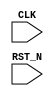
//
// Generated by Bluespec Compiler, version 2024.01-13-ga8fe68a6 (build a8fe68a6)
//
// On Tue Jun 11 10:58:50 IST 2024
//
//
// Ports:
// Name                         I/O  size props
// CLK                            I     1 clock
// RST_N                          I     1 reset
//
// No combinational paths from inputs to outputs
//
//

`ifdef BSV_ASSIGNMENT_DELAY
`else
  `define BSV_ASSIGNMENT_DELAY
`endif

`ifdef BSV_POSITIVE_RESET
  `define BSV_RESET_VALUE 1'b1
  `define BSV_RESET_EDGE posedge
`else
  `define BSV_RESET_VALUE 1'b0
  `define BSV_RESET_EDGE negedge
`endif

module mkTestbench(CLK,
		   RST_N);
  input  CLK;
  input  RST_N;

  // register a
  reg [31 : 0] a;
  wire [31 : 0] a_D_IN;
  wire a_EN;

  // register adder_1_available
  reg adder_1_available;
  wire adder_1_available_D_IN, adder_1_available_EN;

  // register adder_1_cin
  reg adder_1_cin;
  wire adder_1_cin_D_IN, adder_1_cin_EN;

  // register adder_1_in1
  reg [31 : 0] adder_1_in1;
  wire [31 : 0] adder_1_in1_D_IN;
  wire adder_1_in1_EN;

  // register adder_1_in2
  reg [31 : 0] adder_1_in2;
  wire [31 : 0] adder_1_in2_D_IN;
  wire adder_1_in2_EN;

  // register adder_1_result
  reg [32 : 0] adder_1_result;
  wire [32 : 0] adder_1_result_D_IN;
  wire adder_1_result_EN;

  // register b
  reg [31 : 0] b;
  wire [31 : 0] b_D_IN;
  wire b_EN;

  // register cin
  reg cin;
  wire cin_D_IN, cin_EN;

  // register count
  reg [7 : 0] count;
  wire [7 : 0] count_D_IN;
  wire count_EN;

  // register cout
  reg cout;
  wire cout_D_IN, cout_EN;

  // register overflow_flag
  reg overflow_flag;
  wire overflow_flag_D_IN, overflow_flag_EN;

  // register rng_a_r
  reg [31 : 0] rng_a_r;
  wire [31 : 0] rng_a_r_D_IN;
  wire rng_a_r_EN;

  // register rng_b_r
  reg [31 : 0] rng_b_r;
  wire [31 : 0] rng_b_r_D_IN;
  wire rng_b_r_EN;

  // register rng_cin_r
  reg [7 : 0] rng_cin_r;
  wire [7 : 0] rng_cin_r_D_IN;
  wire rng_cin_r_EN;

  // register state
  reg [1 : 0] state;
  reg [1 : 0] state_D_IN;
  wire state_EN;

  // register sum
  reg [31 : 0] sum;
  wire [31 : 0] sum_D_IN;
  wire sum_EN;

  // rule scheduling signals
  wire CAN_FIRE_RL_adder_1_call_compute,
       CAN_FIRE_RL_display_results,
       CAN_FIRE_RL_generate_random_inputs,
       CAN_FIRE_RL_get_results,
       CAN_FIRE_RL_initialize,
       WILL_FIRE_RL_adder_1_call_compute,
       WILL_FIRE_RL_display_results,
       WILL_FIRE_RL_generate_random_inputs,
       WILL_FIRE_RL_get_results,
       WILL_FIRE_RL_initialize;

  // inputs to muxes for submodule ports
  wire [31 : 0] MUX_rng_a_r_write_1__VAL_1, MUX_rng_b_r_write_1__VAL_1;
  wire [7 : 0] MUX_rng_cin_r_write_1__VAL_1;
  wire MUX_state_write_1__SEL_1;

  // remaining internal signals
  wire [32 : 0] calculated_sum__h8602,
		expected_sum__h8601,
		x__h8619,
		x__h8621,
		x__h8833,
		x__h8835,
		y__h8620,
		y__h8622,
		y__h8836;
  wire [31 : 0] IF_temp1238_XOR_adder_1_cin_THEN_1_ELSE_0__q1,
		_theResult___snd__h466,
		x__h8779,
		y__h8780;
  wire [29 : 0] adder_1_in1_BIT_29_1_XOR_adder_1_in2_BIT_29_2__ETC___d246;
  wire [27 : 0] adder_1_in1_BIT_27_7_XOR_adder_1_in2_BIT_27_8__ETC___d245;
  wire [25 : 0] adder_1_in1_BIT_25_3_XOR_adder_1_in2_BIT_25_4__ETC___d244;
  wire [23 : 0] adder_1_in1_BIT_23_9_XOR_adder_1_in2_BIT_23_0__ETC___d243;
  wire [21 : 0] adder_1_in1_BIT_21_5_XOR_adder_1_in2_BIT_21_6__ETC___d242;
  wire [19 : 0] adder_1_in1_BIT_19_1_XOR_adder_1_in2_BIT_19_2__ETC___d241;
  wire [17 : 0] adder_1_in1_BIT_17_7_XOR_adder_1_in2_BIT_17_8__ETC___d240;
  wire [15 : 0] adder_1_in1_BIT_15_3_XOR_adder_1_in2_BIT_15_4__ETC___d239;
  wire [13 : 0] adder_1_in1_BIT_13_9_XOR_adder_1_in2_BIT_13_0__ETC___d238;
  wire [11 : 0] adder_1_in1_BIT_11_5_XOR_adder_1_in2_BIT_11_6__ETC___d237;
  wire [9 : 0] adder_1_in1_BIT_9_1_XOR_adder_1_in2_BIT_9_2_29_ETC___d236;
  wire [7 : 0] adder_1_in1_BIT_7_7_XOR_adder_1_in2_BIT_7_8_23_ETC___d235;
  wire [5 : 0] adder_1_in1_BIT_5_3_XOR_adder_1_in2_BIT_5_4_17_ETC___d234;
  wire [3 : 0] adder_1_in1_BIT_3_9_XOR_adder_1_in2_BIT_3_0_11_ETC___d233;
  wire [1 : 0] adder_1_in1_BIT_1_5_XOR_adder_1_in2_BIT_1_6_05_ETC___d232;
  wire _0_CONCAT_a_12_13_PLUS_0_CONCAT_b_14_15_16_PLUS_ETC___d323,
       cin__h1371,
       cin__h1504,
       cin__h1637,
       cin__h1770,
       cin__h1903,
       cin__h2036,
       cin__h2169,
       cin__h2302,
       cin__h2435,
       cin__h2568,
       cin__h2701,
       cin__h2834,
       cin__h2967,
       cin__h3100,
       cin__h3233,
       cin__h3366,
       cin__h3499,
       cin__h3632,
       cin__h3765,
       cin__h3898,
       cin__h4031,
       cin__h4164,
       cin__h4297,
       cin__h4430,
       cin__h4563,
       cin__h4696,
       cin__h4829,
       cin__h4962,
       cin__h5095,
       cin__h5228,
       cin__h5361,
       count_98_ULT_30___d311,
       temp1__h1238,
       temp1__h1372,
       temp1__h1505,
       temp1__h1638,
       temp1__h1771,
       temp1__h1904,
       temp1__h2037,
       temp1__h2170,
       temp1__h2303,
       temp1__h2436,
       temp1__h2569,
       temp1__h2702,
       temp1__h2835,
       temp1__h2968,
       temp1__h3101,
       temp1__h3234,
       temp1__h3367,
       temp1__h3500,
       temp1__h3633,
       temp1__h3766,
       temp1__h3899,
       temp1__h4032,
       temp1__h4165,
       temp1__h4298,
       temp1__h4431,
       temp1__h4564,
       temp1__h4697,
       temp1__h4830,
       temp1__h4963,
       temp1__h5096,
       temp1__h5229,
       temp1__h5362,
       x__h1252,
       x__h1386,
       x__h1519,
       x__h1652,
       x__h1785,
       x__h1918,
       x__h2051,
       x__h2184,
       x__h2317,
       x__h2450,
       x__h2583,
       x__h2716,
       x__h2849,
       x__h2982,
       x__h3115,
       x__h3248,
       x__h3381,
       x__h3514,
       x__h3647,
       x__h3780,
       x__h3913,
       x__h4046,
       x__h4179,
       x__h4312,
       x__h4445,
       x__h4578,
       x__h4711,
       x__h4844,
       x__h4977,
       x__h5110,
       x__h5243,
       x__h5376,
       x__h8434,
       x__h8436,
       y__h1253,
       y__h1387,
       y__h1520,
       y__h1653,
       y__h1786,
       y__h1919,
       y__h2052,
       y__h2185,
       y__h2318,
       y__h2451,
       y__h2584,
       y__h2717,
       y__h2850,
       y__h2983,
       y__h3116,
       y__h3249,
       y__h3382,
       y__h3515,
       y__h3648,
       y__h3781,
       y__h3914,
       y__h4047,
       y__h4180,
       y__h4313,
       y__h4446,
       y__h4579,
       y__h4712,
       y__h4845,
       y__h4978,
       y__h5111,
       y__h5244,
       y__h5377,
       y__h8435;

  // rule RL_initialize
  assign CAN_FIRE_RL_initialize = state == 2'd0 ;
  assign WILL_FIRE_RL_initialize = CAN_FIRE_RL_initialize ;

  // rule RL_get_results
  assign CAN_FIRE_RL_get_results = adder_1_available && state == 2'd2 ;
  assign WILL_FIRE_RL_get_results = CAN_FIRE_RL_get_results ;

  // rule RL_display_results
  assign CAN_FIRE_RL_display_results = state == 2'd3 ;
  assign WILL_FIRE_RL_display_results = CAN_FIRE_RL_display_results ;

  // rule RL_adder_1_call_compute
  assign CAN_FIRE_RL_adder_1_call_compute = !adder_1_available ;
  assign WILL_FIRE_RL_adder_1_call_compute =
	     CAN_FIRE_RL_adder_1_call_compute ;

  // rule RL_generate_random_inputs
  assign CAN_FIRE_RL_generate_random_inputs = state == 2'd1 ;
  assign WILL_FIRE_RL_generate_random_inputs =
	     CAN_FIRE_RL_generate_random_inputs ;

  // inputs to muxes for submodule ports
  assign MUX_state_write_1__SEL_1 =
	     WILL_FIRE_RL_display_results && count_98_ULT_30___d311 ;
  assign MUX_rng_a_r_write_1__VAL_1 =
	     rng_a_r[0] ?
	       { 1'd1,
		 rng_a_r[31:8],
		 ~rng_a_r[7],
		 rng_a_r[6],
		 ~rng_a_r[5],
		 rng_a_r[4],
		 ~rng_a_r[3:1] } :
	       { 1'd0, rng_a_r[31:1] } ;
  assign MUX_rng_b_r_write_1__VAL_1 =
	     rng_b_r[0] ?
	       { 1'd1,
		 rng_b_r[31:8],
		 ~rng_b_r[7],
		 rng_b_r[6],
		 ~rng_b_r[5],
		 rng_b_r[4],
		 ~rng_b_r[3:1] } :
	       { 1'd0, rng_b_r[31:1] } ;
  assign MUX_rng_cin_r_write_1__VAL_1 =
	     rng_cin_r[0] ?
	       { 1'd1, rng_cin_r[7:5], ~rng_cin_r[4:2], rng_cin_r[1] } :
	       { 1'd0, rng_cin_r[7:1] } ;

  // register a
  assign a_D_IN = rng_a_r ;
  assign a_EN = CAN_FIRE_RL_generate_random_inputs ;

  // register adder_1_available
  assign adder_1_available_D_IN = !WILL_FIRE_RL_generate_random_inputs ;
  assign adder_1_available_EN =
	     WILL_FIRE_RL_generate_random_inputs ||
	     WILL_FIRE_RL_adder_1_call_compute ;

  // register adder_1_cin
  assign adder_1_cin_D_IN = rng_cin_r[3] ;
  assign adder_1_cin_EN = CAN_FIRE_RL_generate_random_inputs ;

  // register adder_1_in1
  assign adder_1_in1_D_IN = rng_a_r ;
  assign adder_1_in1_EN = CAN_FIRE_RL_generate_random_inputs ;

  // register adder_1_in2
  assign adder_1_in2_D_IN = rng_b_r ;
  assign adder_1_in2_EN = CAN_FIRE_RL_generate_random_inputs ;

  // register adder_1_result
  assign adder_1_result_D_IN =
	     { x__h5376 | y__h5377, _theResult___snd__h466 } ;
  assign adder_1_result_EN = CAN_FIRE_RL_adder_1_call_compute ;

  // register b
  assign b_D_IN = rng_b_r ;
  assign b_EN = CAN_FIRE_RL_generate_random_inputs ;

  // register cin
  assign cin_D_IN = rng_cin_r[3] ;
  assign cin_EN = CAN_FIRE_RL_generate_random_inputs ;

  // register count
  assign count_D_IN = count + 8'd1 ;
  assign count_EN = CAN_FIRE_RL_generate_random_inputs ;

  // register cout
  assign cout_D_IN = adder_1_result[32] ;
  assign cout_EN = CAN_FIRE_RL_get_results ;

  // register overflow_flag
  assign overflow_flag_D_IN = x__h8434 & y__h8435 ;
  assign overflow_flag_EN = CAN_FIRE_RL_get_results ;

  // register rng_a_r
  assign rng_a_r_D_IN =
	     WILL_FIRE_RL_generate_random_inputs ?
	       MUX_rng_a_r_write_1__VAL_1 :
	       32'hAFD7CD41 ;
  assign rng_a_r_EN =
	     WILL_FIRE_RL_generate_random_inputs || WILL_FIRE_RL_initialize ;

  // register rng_b_r
  assign rng_b_r_D_IN =
	     WILL_FIRE_RL_generate_random_inputs ?
	       MUX_rng_b_r_write_1__VAL_1 :
	       32'hC9B12E0A ;
  assign rng_b_r_EN =
	     WILL_FIRE_RL_generate_random_inputs || WILL_FIRE_RL_initialize ;

  // register rng_cin_r
  assign rng_cin_r_D_IN =
	     WILL_FIRE_RL_generate_random_inputs ?
	       MUX_rng_cin_r_write_1__VAL_1 :
	       8'hA5 ;
  assign rng_cin_r_EN =
	     WILL_FIRE_RL_generate_random_inputs || WILL_FIRE_RL_initialize ;

  // register state
  always@(MUX_state_write_1__SEL_1 or
	  WILL_FIRE_RL_initialize or
	  WILL_FIRE_RL_generate_random_inputs or WILL_FIRE_RL_get_results)
  begin
    case (1'b1) // synopsys parallel_case
      MUX_state_write_1__SEL_1 || WILL_FIRE_RL_initialize: state_D_IN = 2'd1;
      WILL_FIRE_RL_generate_random_inputs: state_D_IN = 2'd2;
      WILL_FIRE_RL_get_results: state_D_IN = 2'd3;
      default: state_D_IN = 2'bxx /* unspecified value */ ;
    endcase
  end
  assign state_EN =
	     WILL_FIRE_RL_display_results && count_98_ULT_30___d311 ||
	     WILL_FIRE_RL_initialize ||
	     WILL_FIRE_RL_generate_random_inputs ||
	     WILL_FIRE_RL_get_results ;

  // register sum
  assign sum_D_IN = adder_1_result[31:0] ;
  assign sum_EN = CAN_FIRE_RL_get_results ;

  // remaining internal signals
  assign IF_temp1238_XOR_adder_1_cin_THEN_1_ELSE_0__q1 =
	     (temp1__h1238 ^ adder_1_cin) ? 32'd1 : 32'd0 ;
  assign _0_CONCAT_a_12_13_PLUS_0_CONCAT_b_14_15_16_PLUS_ETC___d323 =
	     expected_sum__h8601 == calculated_sum__h8602 ;
  assign _theResult___snd__h466 =
	     { temp1__h5362 ^ cin__h5361,
	       temp1__h5229 ^ cin__h5228,
	       adder_1_in1_BIT_29_1_XOR_adder_1_in2_BIT_29_2__ETC___d246 } ;
  assign adder_1_in1_BIT_11_5_XOR_adder_1_in2_BIT_11_6__ETC___d237 =
	     { temp1__h2702 ^ cin__h2701,
	       temp1__h2569 ^ cin__h2568,
	       adder_1_in1_BIT_9_1_XOR_adder_1_in2_BIT_9_2_29_ETC___d236 } ;
  assign adder_1_in1_BIT_13_9_XOR_adder_1_in2_BIT_13_0__ETC___d238 =
	     { temp1__h2968 ^ cin__h2967,
	       temp1__h2835 ^ cin__h2834,
	       adder_1_in1_BIT_11_5_XOR_adder_1_in2_BIT_11_6__ETC___d237 } ;
  assign adder_1_in1_BIT_15_3_XOR_adder_1_in2_BIT_15_4__ETC___d239 =
	     { temp1__h3234 ^ cin__h3233,
	       temp1__h3101 ^ cin__h3100,
	       adder_1_in1_BIT_13_9_XOR_adder_1_in2_BIT_13_0__ETC___d238 } ;
  assign adder_1_in1_BIT_17_7_XOR_adder_1_in2_BIT_17_8__ETC___d240 =
	     { temp1__h3500 ^ cin__h3499,
	       temp1__h3367 ^ cin__h3366,
	       adder_1_in1_BIT_15_3_XOR_adder_1_in2_BIT_15_4__ETC___d239 } ;
  assign adder_1_in1_BIT_19_1_XOR_adder_1_in2_BIT_19_2__ETC___d241 =
	     { temp1__h3766 ^ cin__h3765,
	       temp1__h3633 ^ cin__h3632,
	       adder_1_in1_BIT_17_7_XOR_adder_1_in2_BIT_17_8__ETC___d240 } ;
  assign adder_1_in1_BIT_1_5_XOR_adder_1_in2_BIT_1_6_05_ETC___d232 =
	     { temp1__h1372 ^ cin__h1371,
	       IF_temp1238_XOR_adder_1_cin_THEN_1_ELSE_0__q1[0] } ;
  assign adder_1_in1_BIT_21_5_XOR_adder_1_in2_BIT_21_6__ETC___d242 =
	     { temp1__h4032 ^ cin__h4031,
	       temp1__h3899 ^ cin__h3898,
	       adder_1_in1_BIT_19_1_XOR_adder_1_in2_BIT_19_2__ETC___d241 } ;
  assign adder_1_in1_BIT_23_9_XOR_adder_1_in2_BIT_23_0__ETC___d243 =
	     { temp1__h4298 ^ cin__h4297,
	       temp1__h4165 ^ cin__h4164,
	       adder_1_in1_BIT_21_5_XOR_adder_1_in2_BIT_21_6__ETC___d242 } ;
  assign adder_1_in1_BIT_25_3_XOR_adder_1_in2_BIT_25_4__ETC___d244 =
	     { temp1__h4564 ^ cin__h4563,
	       temp1__h4431 ^ cin__h4430,
	       adder_1_in1_BIT_23_9_XOR_adder_1_in2_BIT_23_0__ETC___d243 } ;
  assign adder_1_in1_BIT_27_7_XOR_adder_1_in2_BIT_27_8__ETC___d245 =
	     { temp1__h4830 ^ cin__h4829,
	       temp1__h4697 ^ cin__h4696,
	       adder_1_in1_BIT_25_3_XOR_adder_1_in2_BIT_25_4__ETC___d244 } ;
  assign adder_1_in1_BIT_29_1_XOR_adder_1_in2_BIT_29_2__ETC___d246 =
	     { temp1__h5096 ^ cin__h5095,
	       temp1__h4963 ^ cin__h4962,
	       adder_1_in1_BIT_27_7_XOR_adder_1_in2_BIT_27_8__ETC___d245 } ;
  assign adder_1_in1_BIT_3_9_XOR_adder_1_in2_BIT_3_0_11_ETC___d233 =
	     { temp1__h1638 ^ cin__h1637,
	       temp1__h1505 ^ cin__h1504,
	       adder_1_in1_BIT_1_5_XOR_adder_1_in2_BIT_1_6_05_ETC___d232 } ;
  assign adder_1_in1_BIT_5_3_XOR_adder_1_in2_BIT_5_4_17_ETC___d234 =
	     { temp1__h1904 ^ cin__h1903,
	       temp1__h1771 ^ cin__h1770,
	       adder_1_in1_BIT_3_9_XOR_adder_1_in2_BIT_3_0_11_ETC___d233 } ;
  assign adder_1_in1_BIT_7_7_XOR_adder_1_in2_BIT_7_8_23_ETC___d235 =
	     { temp1__h2170 ^ cin__h2169,
	       temp1__h2037 ^ cin__h2036,
	       adder_1_in1_BIT_5_3_XOR_adder_1_in2_BIT_5_4_17_ETC___d234 } ;
  assign adder_1_in1_BIT_9_1_XOR_adder_1_in2_BIT_9_2_29_ETC___d236 =
	     { temp1__h2436 ^ cin__h2435,
	       temp1__h2303 ^ cin__h2302,
	       adder_1_in1_BIT_7_7_XOR_adder_1_in2_BIT_7_8_23_ETC___d235 } ;
  assign calculated_sum__h8602 = { cout, sum } ;
  assign cin__h1371 = x__h1252 | y__h1253 ;
  assign cin__h1504 = x__h1386 | y__h1387 ;
  assign cin__h1637 = x__h1519 | y__h1520 ;
  assign cin__h1770 = x__h1652 | y__h1653 ;
  assign cin__h1903 = x__h1785 | y__h1786 ;
  assign cin__h2036 = x__h1918 | y__h1919 ;
  assign cin__h2169 = x__h2051 | y__h2052 ;
  assign cin__h2302 = x__h2184 | y__h2185 ;
  assign cin__h2435 = x__h2317 | y__h2318 ;
  assign cin__h2568 = x__h2450 | y__h2451 ;
  assign cin__h2701 = x__h2583 | y__h2584 ;
  assign cin__h2834 = x__h2716 | y__h2717 ;
  assign cin__h2967 = x__h2849 | y__h2850 ;
  assign cin__h3100 = x__h2982 | y__h2983 ;
  assign cin__h3233 = x__h3115 | y__h3116 ;
  assign cin__h3366 = x__h3248 | y__h3249 ;
  assign cin__h3499 = x__h3381 | y__h3382 ;
  assign cin__h3632 = x__h3514 | y__h3515 ;
  assign cin__h3765 = x__h3647 | y__h3648 ;
  assign cin__h3898 = x__h3780 | y__h3781 ;
  assign cin__h4031 = x__h3913 | y__h3914 ;
  assign cin__h4164 = x__h4046 | y__h4047 ;
  assign cin__h4297 = x__h4179 | y__h4180 ;
  assign cin__h4430 = x__h4312 | y__h4313 ;
  assign cin__h4563 = x__h4445 | y__h4446 ;
  assign cin__h4696 = x__h4578 | y__h4579 ;
  assign cin__h4829 = x__h4711 | y__h4712 ;
  assign cin__h4962 = x__h4844 | y__h4845 ;
  assign cin__h5095 = x__h4977 | y__h4978 ;
  assign cin__h5228 = x__h5110 | y__h5111 ;
  assign cin__h5361 = x__h5243 | y__h5244 ;
  assign count_98_ULT_30___d311 = count < 8'd30 ;
  assign expected_sum__h8601 = x__h8619 + y__h8620 ;
  assign temp1__h1238 = adder_1_in1[0] ^ adder_1_in2[0] ;
  assign temp1__h1372 = adder_1_in1[1] ^ adder_1_in2[1] ;
  assign temp1__h1505 = adder_1_in1[2] ^ adder_1_in2[2] ;
  assign temp1__h1638 = adder_1_in1[3] ^ adder_1_in2[3] ;
  assign temp1__h1771 = adder_1_in1[4] ^ adder_1_in2[4] ;
  assign temp1__h1904 = adder_1_in1[5] ^ adder_1_in2[5] ;
  assign temp1__h2037 = adder_1_in1[6] ^ adder_1_in2[6] ;
  assign temp1__h2170 = adder_1_in1[7] ^ adder_1_in2[7] ;
  assign temp1__h2303 = adder_1_in1[8] ^ adder_1_in2[8] ;
  assign temp1__h2436 = adder_1_in1[9] ^ adder_1_in2[9] ;
  assign temp1__h2569 = adder_1_in1[10] ^ adder_1_in2[10] ;
  assign temp1__h2702 = adder_1_in1[11] ^ adder_1_in2[11] ;
  assign temp1__h2835 = adder_1_in1[12] ^ adder_1_in2[12] ;
  assign temp1__h2968 = adder_1_in1[13] ^ adder_1_in2[13] ;
  assign temp1__h3101 = adder_1_in1[14] ^ adder_1_in2[14] ;
  assign temp1__h3234 = adder_1_in1[15] ^ adder_1_in2[15] ;
  assign temp1__h3367 = adder_1_in1[16] ^ adder_1_in2[16] ;
  assign temp1__h3500 = adder_1_in1[17] ^ adder_1_in2[17] ;
  assign temp1__h3633 = adder_1_in1[18] ^ adder_1_in2[18] ;
  assign temp1__h3766 = adder_1_in1[19] ^ adder_1_in2[19] ;
  assign temp1__h3899 = adder_1_in1[20] ^ adder_1_in2[20] ;
  assign temp1__h4032 = adder_1_in1[21] ^ adder_1_in2[21] ;
  assign temp1__h4165 = adder_1_in1[22] ^ adder_1_in2[22] ;
  assign temp1__h4298 = adder_1_in1[23] ^ adder_1_in2[23] ;
  assign temp1__h4431 = adder_1_in1[24] ^ adder_1_in2[24] ;
  assign temp1__h4564 = adder_1_in1[25] ^ adder_1_in2[25] ;
  assign temp1__h4697 = adder_1_in1[26] ^ adder_1_in2[26] ;
  assign temp1__h4830 = adder_1_in1[27] ^ adder_1_in2[27] ;
  assign temp1__h4963 = adder_1_in1[28] ^ adder_1_in2[28] ;
  assign temp1__h5096 = adder_1_in1[29] ^ adder_1_in2[29] ;
  assign temp1__h5229 = adder_1_in1[30] ^ adder_1_in2[30] ;
  assign temp1__h5362 = adder_1_in1[31] ^ adder_1_in2[31] ;
  assign x__h1252 = adder_1_in1[0] & adder_1_in2[0] ;
  assign x__h1386 = adder_1_in1[1] & adder_1_in2[1] ;
  assign x__h1519 = adder_1_in1[2] & adder_1_in2[2] ;
  assign x__h1652 = adder_1_in1[3] & adder_1_in2[3] ;
  assign x__h1785 = adder_1_in1[4] & adder_1_in2[4] ;
  assign x__h1918 = adder_1_in1[5] & adder_1_in2[5] ;
  assign x__h2051 = adder_1_in1[6] & adder_1_in2[6] ;
  assign x__h2184 = adder_1_in1[7] & adder_1_in2[7] ;
  assign x__h2317 = adder_1_in1[8] & adder_1_in2[8] ;
  assign x__h2450 = adder_1_in1[9] & adder_1_in2[9] ;
  assign x__h2583 = adder_1_in1[10] & adder_1_in2[10] ;
  assign x__h2716 = adder_1_in1[11] & adder_1_in2[11] ;
  assign x__h2849 = adder_1_in1[12] & adder_1_in2[12] ;
  assign x__h2982 = adder_1_in1[13] & adder_1_in2[13] ;
  assign x__h3115 = adder_1_in1[14] & adder_1_in2[14] ;
  assign x__h3248 = adder_1_in1[15] & adder_1_in2[15] ;
  assign x__h3381 = adder_1_in1[16] & adder_1_in2[16] ;
  assign x__h3514 = adder_1_in1[17] & adder_1_in2[17] ;
  assign x__h3647 = adder_1_in1[18] & adder_1_in2[18] ;
  assign x__h3780 = adder_1_in1[19] & adder_1_in2[19] ;
  assign x__h3913 = adder_1_in1[20] & adder_1_in2[20] ;
  assign x__h4046 = adder_1_in1[21] & adder_1_in2[21] ;
  assign x__h4179 = adder_1_in1[22] & adder_1_in2[22] ;
  assign x__h4312 = adder_1_in1[23] & adder_1_in2[23] ;
  assign x__h4445 = adder_1_in1[24] & adder_1_in2[24] ;
  assign x__h4578 = adder_1_in1[25] & adder_1_in2[25] ;
  assign x__h4711 = adder_1_in1[26] & adder_1_in2[26] ;
  assign x__h4844 = adder_1_in1[27] & adder_1_in2[27] ;
  assign x__h4977 = adder_1_in1[28] & adder_1_in2[28] ;
  assign x__h5110 = adder_1_in1[29] & adder_1_in2[29] ;
  assign x__h5243 = adder_1_in1[30] & adder_1_in2[30] ;
  assign x__h5376 = adder_1_in1[31] & adder_1_in2[31] ;
  assign x__h8434 = x__h8436 ^ adder_1_in2[31] ;
  assign x__h8436 = ~adder_1_in1[31] ;
  assign x__h8619 = x__h8621 + y__h8622 ;
  assign x__h8621 = { 1'd0, a } ;
  assign x__h8779 = a + b ;
  assign x__h8833 = x__h8835 + y__h8836 ;
  assign x__h8835 = { a[31], a } ;
  assign y__h1253 = adder_1_cin & temp1__h1238 ;
  assign y__h1387 = cin__h1371 & temp1__h1372 ;
  assign y__h1520 = cin__h1504 & temp1__h1505 ;
  assign y__h1653 = cin__h1637 & temp1__h1638 ;
  assign y__h1786 = cin__h1770 & temp1__h1771 ;
  assign y__h1919 = cin__h1903 & temp1__h1904 ;
  assign y__h2052 = cin__h2036 & temp1__h2037 ;
  assign y__h2185 = cin__h2169 & temp1__h2170 ;
  assign y__h2318 = cin__h2302 & temp1__h2303 ;
  assign y__h2451 = cin__h2435 & temp1__h2436 ;
  assign y__h2584 = cin__h2568 & temp1__h2569 ;
  assign y__h2717 = cin__h2701 & temp1__h2702 ;
  assign y__h2850 = cin__h2834 & temp1__h2835 ;
  assign y__h2983 = cin__h2967 & temp1__h2968 ;
  assign y__h3116 = cin__h3100 & temp1__h3101 ;
  assign y__h3249 = cin__h3233 & temp1__h3234 ;
  assign y__h3382 = cin__h3366 & temp1__h3367 ;
  assign y__h3515 = cin__h3499 & temp1__h3500 ;
  assign y__h3648 = cin__h3632 & temp1__h3633 ;
  assign y__h3781 = cin__h3765 & temp1__h3766 ;
  assign y__h3914 = cin__h3898 & temp1__h3899 ;
  assign y__h4047 = cin__h4031 & temp1__h4032 ;
  assign y__h4180 = cin__h4164 & temp1__h4165 ;
  assign y__h4313 = cin__h4297 & temp1__h4298 ;
  assign y__h4446 = cin__h4430 & temp1__h4431 ;
  assign y__h4579 = cin__h4563 & temp1__h4564 ;
  assign y__h4712 = cin__h4696 & temp1__h4697 ;
  assign y__h4845 = cin__h4829 & temp1__h4830 ;
  assign y__h4978 = cin__h4962 & temp1__h4963 ;
  assign y__h5111 = cin__h5095 & temp1__h5096 ;
  assign y__h5244 = cin__h5228 & temp1__h5229 ;
  assign y__h5377 = cin__h5361 & temp1__h5362 ;
  assign y__h8435 = adder_1_in2[31] ^ adder_1_result[31] ;
  assign y__h8620 = { 32'b0, cin } ;
  assign y__h8622 = { 1'd0, b } ;
  assign y__h8780 = { 31'd0, cin } ;
  assign y__h8836 = { b[31], b } ;

  // handling of inlined registers

  always@(posedge CLK)
  begin
    if (RST_N == `BSV_RESET_VALUE)
      begin
        a <= `BSV_ASSIGNMENT_DELAY 32'h70000000;
	adder_1_available <= `BSV_ASSIGNMENT_DELAY 1'd1;
	adder_1_cin <= `BSV_ASSIGNMENT_DELAY 1'd0;
	adder_1_in1 <= `BSV_ASSIGNMENT_DELAY 32'd0;
	adder_1_in2 <= `BSV_ASSIGNMENT_DELAY 32'd0;
	adder_1_result <= `BSV_ASSIGNMENT_DELAY 33'd0;
	b <= `BSV_ASSIGNMENT_DELAY 32'h10000000;
	cin <= `BSV_ASSIGNMENT_DELAY 1'd1;
	count <= `BSV_ASSIGNMENT_DELAY 8'd0;
	cout <= `BSV_ASSIGNMENT_DELAY 1'd0;
	overflow_flag <= `BSV_ASSIGNMENT_DELAY 1'd0;
	rng_a_r <= `BSV_ASSIGNMENT_DELAY 32'd1;
	rng_b_r <= `BSV_ASSIGNMENT_DELAY 32'd1;
	rng_cin_r <= `BSV_ASSIGNMENT_DELAY 8'd1;
	state <= `BSV_ASSIGNMENT_DELAY 2'd0;
	sum <= `BSV_ASSIGNMENT_DELAY 32'd0;
      end
    else
      begin
        if (a_EN) a <= `BSV_ASSIGNMENT_DELAY a_D_IN;
	if (adder_1_available_EN)
	  adder_1_available <= `BSV_ASSIGNMENT_DELAY adder_1_available_D_IN;
	if (adder_1_cin_EN)
	  adder_1_cin <= `BSV_ASSIGNMENT_DELAY adder_1_cin_D_IN;
	if (adder_1_in1_EN)
	  adder_1_in1 <= `BSV_ASSIGNMENT_DELAY adder_1_in1_D_IN;
	if (adder_1_in2_EN)
	  adder_1_in2 <= `BSV_ASSIGNMENT_DELAY adder_1_in2_D_IN;
	if (adder_1_result_EN)
	  adder_1_result <= `BSV_ASSIGNMENT_DELAY adder_1_result_D_IN;
	if (b_EN) b <= `BSV_ASSIGNMENT_DELAY b_D_IN;
	if (cin_EN) cin <= `BSV_ASSIGNMENT_DELAY cin_D_IN;
	if (count_EN) count <= `BSV_ASSIGNMENT_DELAY count_D_IN;
	if (cout_EN) cout <= `BSV_ASSIGNMENT_DELAY cout_D_IN;
	if (overflow_flag_EN)
	  overflow_flag <= `BSV_ASSIGNMENT_DELAY overflow_flag_D_IN;
	if (rng_a_r_EN) rng_a_r <= `BSV_ASSIGNMENT_DELAY rng_a_r_D_IN;
	if (rng_b_r_EN) rng_b_r <= `BSV_ASSIGNMENT_DELAY rng_b_r_D_IN;
	if (rng_cin_r_EN) rng_cin_r <= `BSV_ASSIGNMENT_DELAY rng_cin_r_D_IN;
	if (state_EN) state <= `BSV_ASSIGNMENT_DELAY state_D_IN;
	if (sum_EN) sum <= `BSV_ASSIGNMENT_DELAY sum_D_IN;
      end
  end

  // synopsys translate_off
  `ifdef BSV_NO_INITIAL_BLOCKS
  `else // not BSV_NO_INITIAL_BLOCKS
  initial
  begin
    a = 32'hAAAAAAAA;
    adder_1_available = 1'h0;
    adder_1_cin = 1'h0;
    adder_1_in1 = 32'hAAAAAAAA;
    adder_1_in2 = 32'hAAAAAAAA;
    adder_1_result = 33'h0AAAAAAAA;
    b = 32'hAAAAAAAA;
    cin = 1'h0;
    count = 8'hAA;
    cout = 1'h0;
    overflow_flag = 1'h0;
    rng_a_r = 32'hAAAAAAAA;
    rng_b_r = 32'hAAAAAAAA;
    rng_cin_r = 8'hAA;
    state = 2'h2;
    sum = 32'hAAAAAAAA;
  end
  `endif // BSV_NO_INITIAL_BLOCKS
  // synopsys translate_on

  // handling of system tasks

  // synopsys translate_off
  always@(negedge CLK)
  begin
    #0;
    if (RST_N != `BSV_RESET_VALUE)
      if (WILL_FIRE_RL_display_results && count_98_ULT_30___d311 &&
	  _0_CONCAT_a_12_13_PLUS_0_CONCAT_b_14_15_16_PLUS_ETC___d323)
	$display("Test Passed");
    if (RST_N != `BSV_RESET_VALUE)
      if (WILL_FIRE_RL_display_results && count_98_ULT_30___d311 &&
	  !_0_CONCAT_a_12_13_PLUS_0_CONCAT_b_14_15_16_PLUS_ETC___d323)
	$display("Test Failed: ");
    if (RST_N != `BSV_RESET_VALUE)
      if (WILL_FIRE_RL_display_results && count_98_ULT_30___d311 &&
	  !_0_CONCAT_a_12_13_PLUS_0_CONCAT_b_14_15_16_PLUS_ETC___d323)
	$display("  %32b\n+ %32b\n+\t\t\t\t %0b\n= \n  %32b", a, b, cin, sum);
    if (RST_N != `BSV_RESET_VALUE)
      if (WILL_FIRE_RL_display_results && count_98_ULT_30___d311 &&
	  !_0_CONCAT_a_12_13_PLUS_0_CONCAT_b_14_15_16_PLUS_ETC___d323)
	$display("  %32b", x__h8779 + y__h8780);
    if (RST_N != `BSV_RESET_VALUE)
      if (WILL_FIRE_RL_display_results && count_98_ULT_30___d311 &&
	  !_0_CONCAT_a_12_13_PLUS_0_CONCAT_b_14_15_16_PLUS_ETC___d323)
	$display(" %33b", x__h8833 + y__h8620);
    if (RST_N != `BSV_RESET_VALUE)
      if (WILL_FIRE_RL_display_results && count_98_ULT_30___d311 &&
	  !_0_CONCAT_a_12_13_PLUS_0_CONCAT_b_14_15_16_PLUS_ETC___d323)
	$display("Cout = %0b", cout);
    if (RST_N != `BSV_RESET_VALUE)
      if (WILL_FIRE_RL_display_results && count_98_ULT_30___d311 &&
	  !_0_CONCAT_a_12_13_PLUS_0_CONCAT_b_14_15_16_PLUS_ETC___d323)
	$display("Overflow Flag = %0h\n", overflow_flag);
    if (RST_N != `BSV_RESET_VALUE)
      if (WILL_FIRE_RL_display_results && count_98_ULT_30___d311 &&
	  overflow_flag)
	$display("Overflow occured");
    if (RST_N != `BSV_RESET_VALUE)
      if (WILL_FIRE_RL_display_results && !count_98_ULT_30___d311)
	$finish(32'd0);
  end
  // synopsys translate_on
endmodule  // mkTestbench